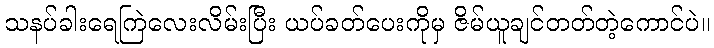
သနပ်ခါးရေကြဲလေးလိမ်းပြီး ယပ်ခတ်ပေးကိုမှ ဇိမ်ယူချင်တတ်တဲ့ကောင်ပဲ။